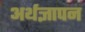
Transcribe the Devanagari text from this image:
अर्थज्ञापन